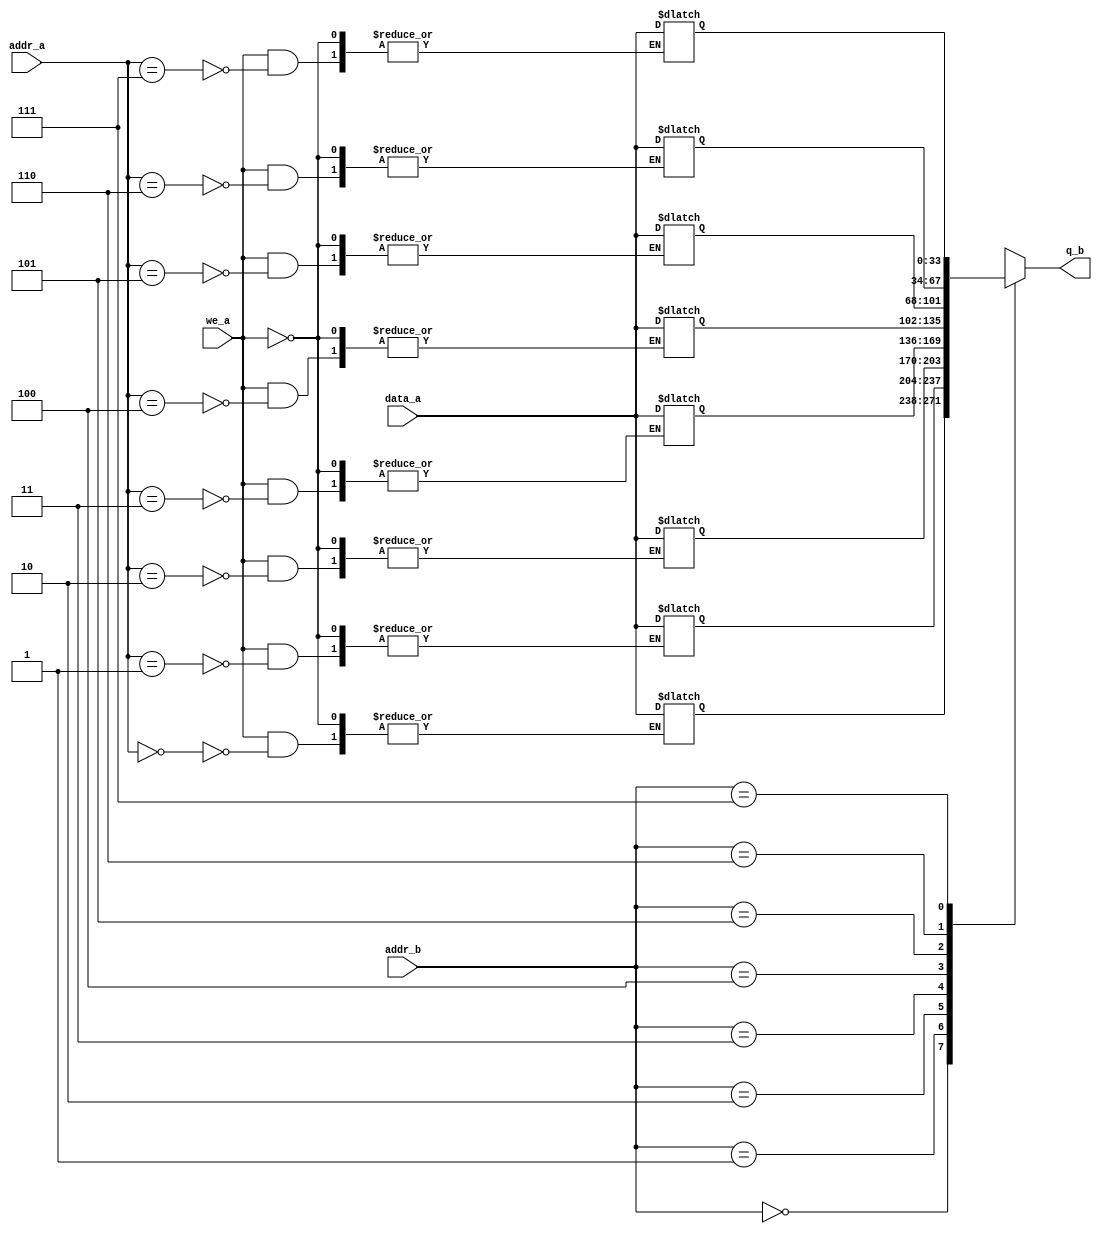
module sram #(parameter ADDR_WIDTH = 3, DATA_WIDTH = 34, DEPTH = 8) (

	input [DATA_WIDTH-1:0] data_a,
	input [ADDR_WIDTH-1:0] addr_a, addr_b,
	input we_a,
	output reg [DATA_WIDTH-1:0] q_b
);

	// Declare the RAM variable
	reg [DATA_WIDTH-1:0] ram [0:DEPTH-1];
	reg [DATA_WIDTH-1:0] q_a;
	// Port A
	always @ (addr_a) begin
		if (we_a) begin
			ram[addr_a] <= data_a;
			q_a <= data_a;
		end else begin
			q_a <= ram[addr_a];
		end
	end

	// Port B
	always @ (addr_b) begin
		// if (we_b)
		// begin
		// 	ram[addr_b] <= data_b;
		// 	q_b <= data_b;
		// end
		// else
		// begin
		q_b <= ram[addr_b];
		//end
	end

endmodule